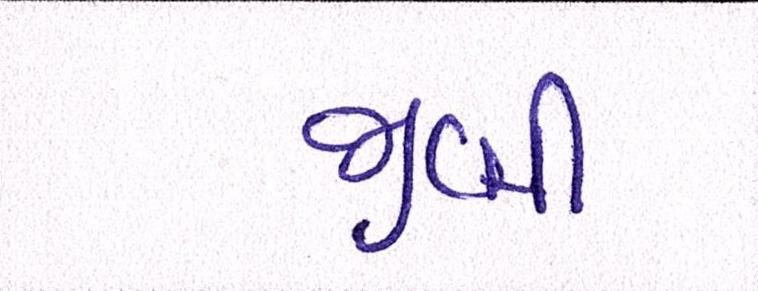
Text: જીબી